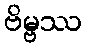
ဗိမ္ဗဿ